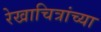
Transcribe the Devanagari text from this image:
रेखाचित्रांच्या